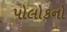
પોલોકનો